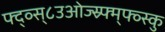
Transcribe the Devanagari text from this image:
फ्द्व्स्८उओज्स्र्फ्म्फ्व्स्कु